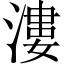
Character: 漊